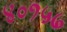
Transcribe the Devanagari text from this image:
४०१५७